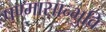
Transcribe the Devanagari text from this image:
षण्मासान्भुवि